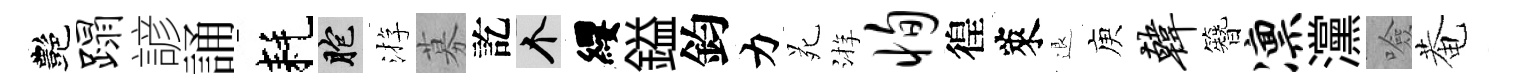
艷蹋諺誦耗胞㳺募訖个纓鎰鈞力苑㳺恂徨萊退庾韩簪凛灙噞菴